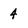
Character: 4